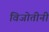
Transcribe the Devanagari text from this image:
विजोतीनी